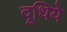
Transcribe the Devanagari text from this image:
दूधिये